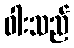
ဝါးသည်